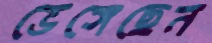
ভেঙ্গেছেন